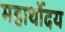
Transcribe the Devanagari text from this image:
महार्थोदय